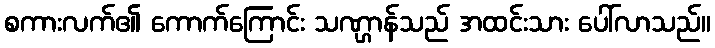
စကားလက်၏ ကောက်ကြောင်း သဏ္ဌာန်သည် အထင်းသား ပေါ်လာသည်။